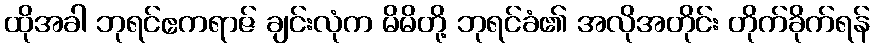
ထိုအခါ ဘုရင်ဧကရာဇ် ချင်းလုံက မိမိတို့ ဘုရင်ခံ၏ အလိုအတိုင်း တိုက်ခိုက်ရန်